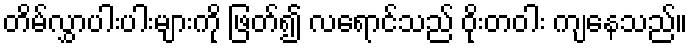
တိမ်လွှာပါးပါးများကို ဖြတ်၍ လရောင်သည် ဝိုးတဝါး ကျနေသည်။